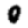
Digit: 0